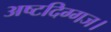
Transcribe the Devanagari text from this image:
अष्टदिग्गज।